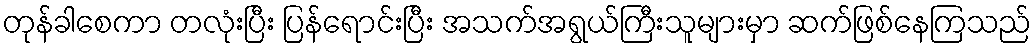
တုန်ခါစေကာ တလုံးပြီး ပြန်ရောင်းပြီး အသက်အရွယ်ကြီးသူများမှာ ဆက်ဖြစ်နေကြသည်